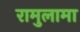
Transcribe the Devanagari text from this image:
रामुलामा